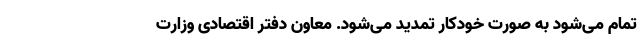
تمام می‌شود به صورت خودکار تمدید می‌شود. معاون دفتر اقتصادی وزارت